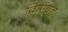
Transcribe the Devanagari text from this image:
किऐंठन